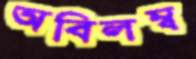
অবিলম্ব